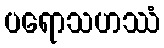
ပရောသဟဿံ